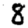
Digit: 8